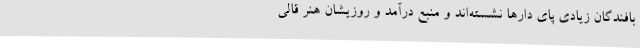
بافندگان زیادی پای دارها نشسته‌اند و منبع درآمد و روزیشان هنر قالی